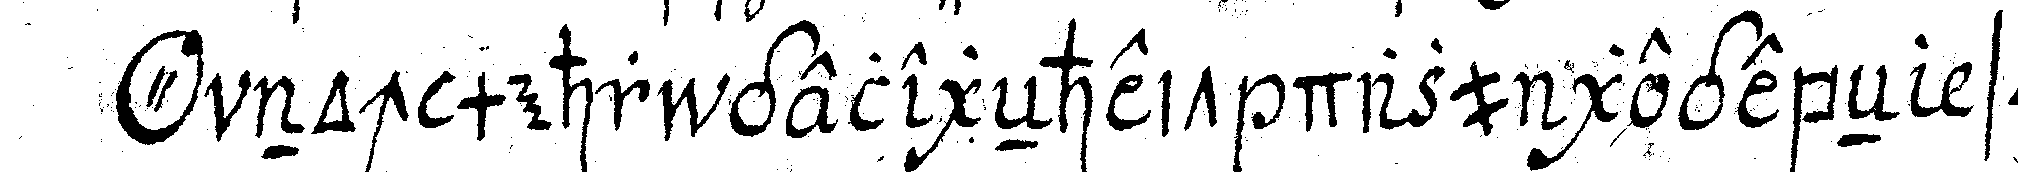
*o* noch mehr gelegeNheit dazu gegebeN so